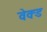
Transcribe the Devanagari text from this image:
वेक्ड